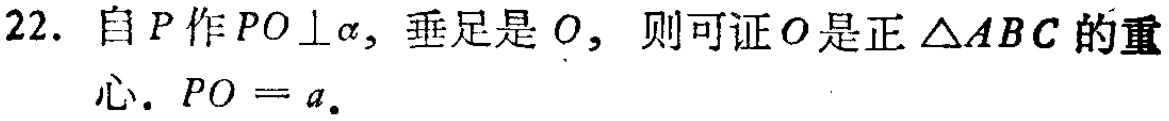
22. 自\(P\)作\(PO\perp\alpha\)，垂足是\(O\)，则可证\(O\)是正\(\triangle ABC\)的重心. \(PO = a\).